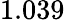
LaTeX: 1.039